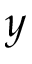
y